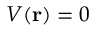
V ( \mathbf { r } ) = 0